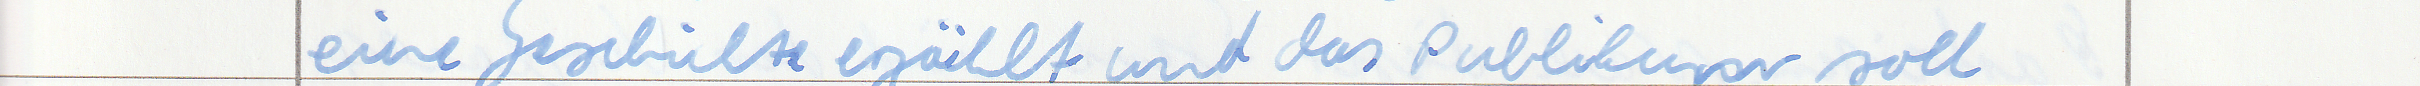
eine Geschichte erzählt und das Publikum soll